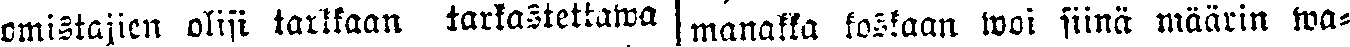
omistajien olisi tarkkaan tarkastettawa  manakka koskaan woi siinä määrin wa-